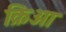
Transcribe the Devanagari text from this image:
क्रिआ